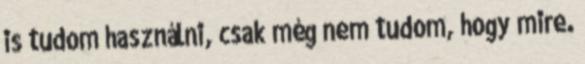
is tudom használni, csak még nem tudom, hogy mire.